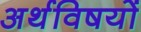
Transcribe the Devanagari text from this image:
अर्थविषयों